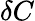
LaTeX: \delta C